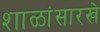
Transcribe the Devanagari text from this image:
शाळांसारखे